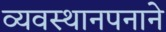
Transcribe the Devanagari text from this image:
व्यवस्थानपनाने